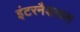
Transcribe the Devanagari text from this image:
इंटरनैशलल